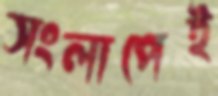
সংলাপেই